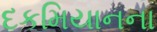
દકમિયાનના